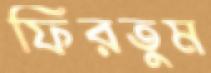
ফিরতুম